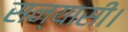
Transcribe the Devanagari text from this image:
सन्यासी।